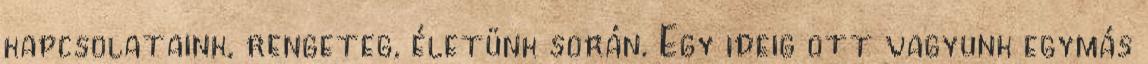
kapcsolataink, rengeteg, életünk során. Egy ideig ott vagyunk egymás